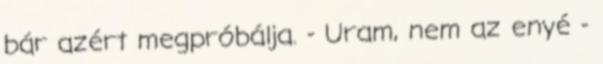
bár azért megpróbálja. - Uram, nem az enyé -